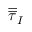
\overline { { \overline { { \tau } } } } _ { I }